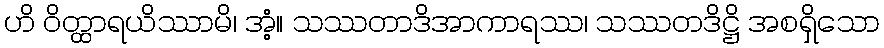
ဟိ ဝိတ္ထာရယိဿာမိ၊ အံ့။ သဿတာဒိအာကာရဿ၊ သဿတဒိဋ္ဌိ အစရှိသော